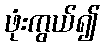
ဖုံးကွယ်၍